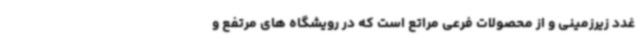
غدد زیرزمینی و از محصولات فرعی مراتع است که در رویشگاه های مرتفع و